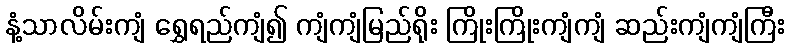
နံ့သာလိမ်းကျံ ရွှေရည်ကျံ၍ ကျံကျံမြည်ရိုး ကြိုးကြိုးကျံကျံ ဆည်းကျံကျံကြီး